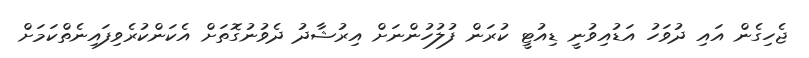
ޖެހިގެން އައި ދުވަހު އަޑުއިވުނީ ޑިއުޓީ ކުރަން ފުލުހުންނަށް އިރުޝާދު ދެވުނުގޮތަށް އެކަންކުރެވިފައިނެތްކަމަށް